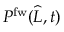
P ^ { \mathrm { f w } } ( \widehat { L } , t )